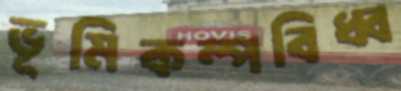
ভূমিকম্পবিধ্ব